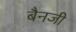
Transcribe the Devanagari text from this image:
बैनजी